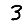
Digit: 3